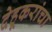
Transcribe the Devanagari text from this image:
देहूकरांचा